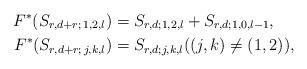
LaTeX: \begin{align*} F^* (S_{r,d+r;\,1,2,l}) & = S_{r,d;1,2,l} + S_{r,d;1,0,l-1}, \\ F^* (S_{r,d+r;\,j,k,l}) & = S_{r,d;j,k,l} ((j,k) \neq (1,2)), \end{align*}